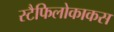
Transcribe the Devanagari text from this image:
स्टैफिलोकाकस